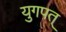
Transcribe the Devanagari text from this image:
युगपत्